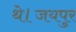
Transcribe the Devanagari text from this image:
थे।जयपुर